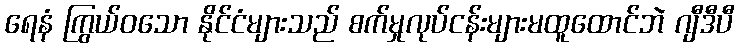
ရေနံ ကြွယ်ဝသော နိုင်ငံများသည် စက်မှုလုပ်ငန်းများမထူထောင်ဘဲ ဂျီဒီပီ